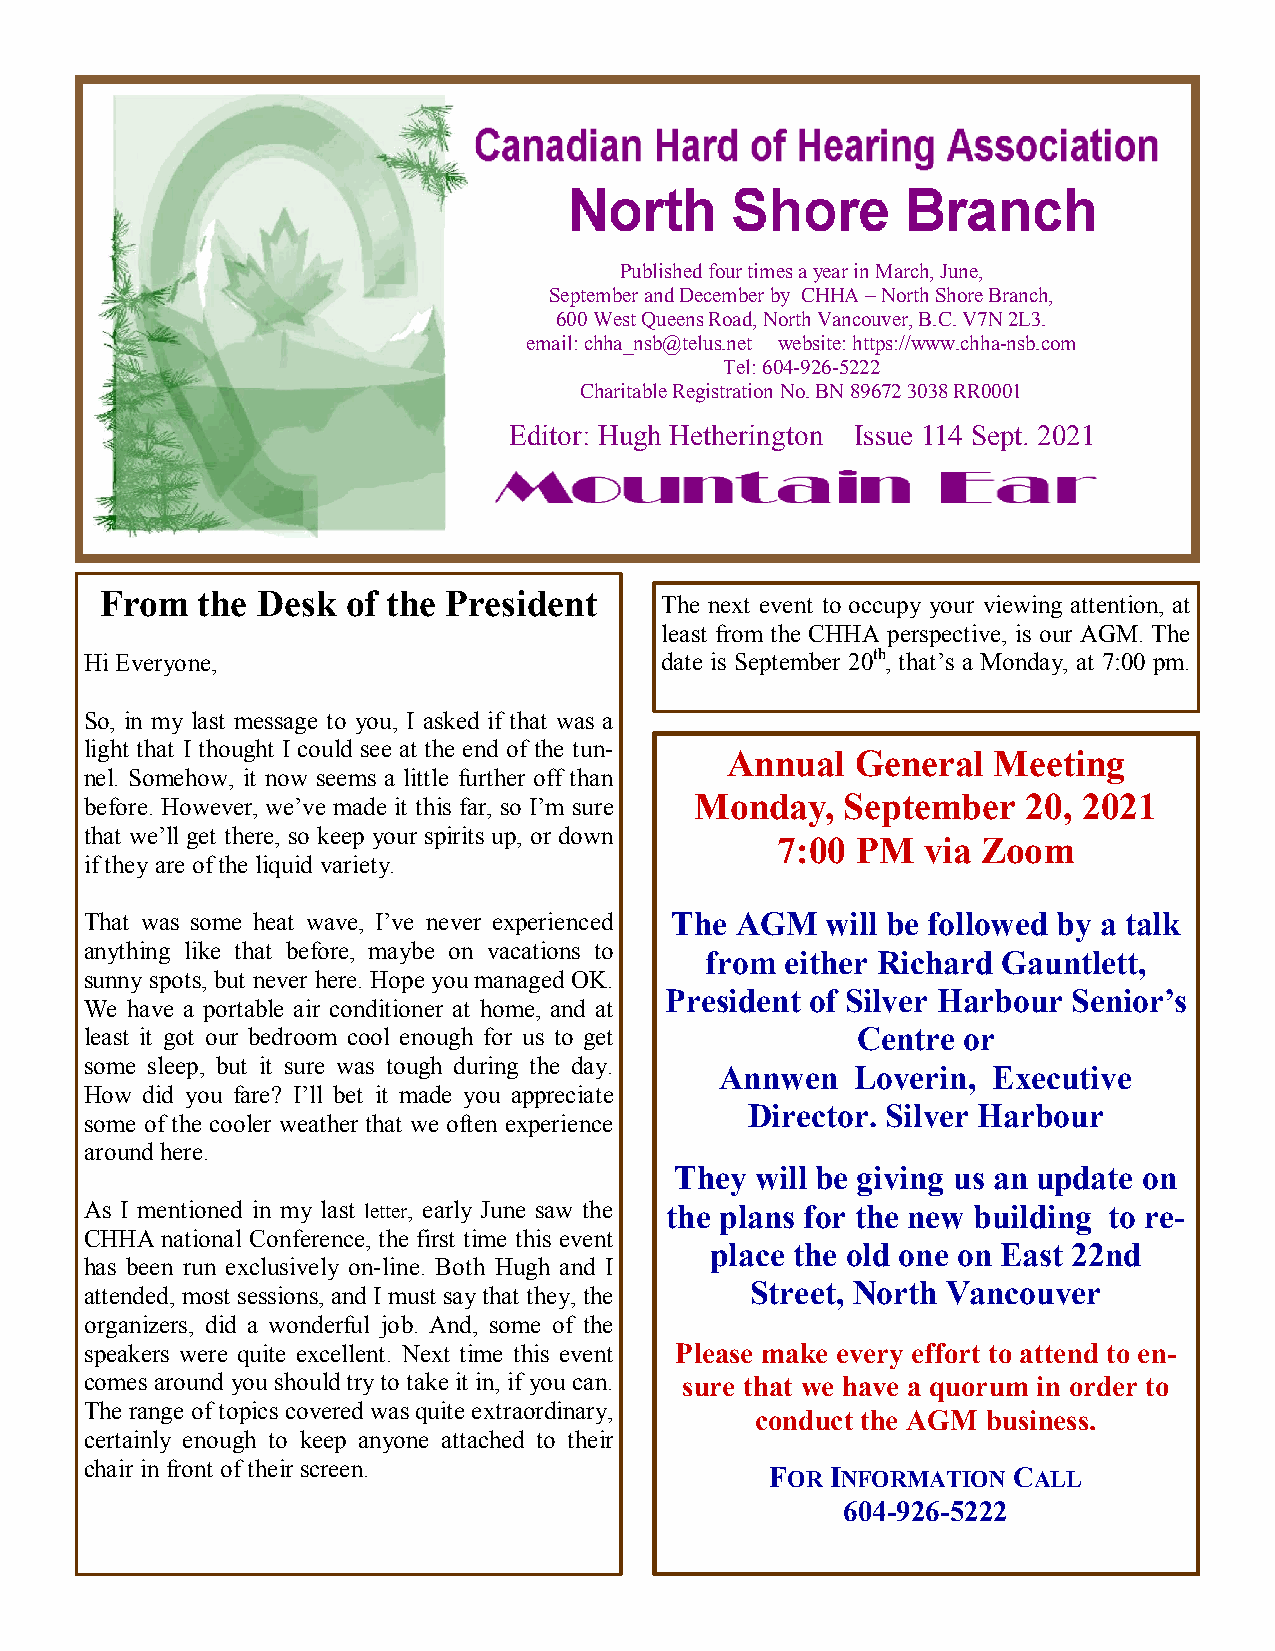
1
 Published four times a year in March, June,
 September and December by CHHA – North Shore Branch,
 600 West Queens Road, North Vancouver, B.C. V7N 2L3.
 email: chha_nsb@telus.net website: https://www.chha-nsb.com
 Tel: 604-926-5222
 Charitable Registration No. BN 89672 3038 RR0001
 Editor: Hugh Hetherington Issue 114 Sept. 2021
 From  the Desk  of the President
 The next event to occupy your viewing attention, at
 least from the CHHA perspective, is our AGM. The
 Hi Everyone,                          date is September 20th, that’s a Monday, at 7:00 pm.
 So, in my last message to you, I asked if that was a
 light that I thought I could see at the end of the tun-
 Annual   General  Meeting
 nel. Somehow, it now seems a little further off than
 before. However, we’ve made it this far, so I’m sure Monday, September 20, 2021
 that we’ll get there, so keep your spirits up, or down
 7:00  PM  via Zoom
 if they are of the liquid variety.
 That was some heat wave, I’ve never experienced The AGM will be followed by a talk
 anything like that before, maybe on vacations to
 from either Richard Gauntlett,
 sunny spots, but never here. Hope you managed OK.
 President of Silver Harbour Senior’s
 We have a portable air conditioner at home, and at
 least it got our bedroom cool enough for us to get Centre or
 some sleep, but it sure was tough during the day.
 Annwen   Loverin, Executive
 How did you fare? I’ll bet it made you appreciate
 Director. Silver Harbour
 some of the cooler weather that we often experience
 around here.
 They will be giving us an update on
 As I mentioned in my last letter, early June saw the the plans for the new building to re-
 CHHA national Conference, the first time this event
 place the old one on East 22nd
 has been run exclusively on-line. Both Hugh and I
 Street, North Vancouver
 attended, most sessions, and I must say that they, the
 organizers, did a wonderful job. And, some of the
 speakers were quite excellent. Next time this event Please make every effort to attend to en-
 comes around you should try to take it in, if you can. sure that we have a quorum in order to
 The range of topics covered was quite extraordinary,
 conduct the AGM business.
 certainly enough to keep anyone attached to their
 chair in front of their screen.
 FOR INFORMATION CALL
 604-926-5222